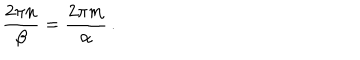
\frac { 2 \pi n } { \beta } = \frac { 2 \pi m } { \alpha } \, .